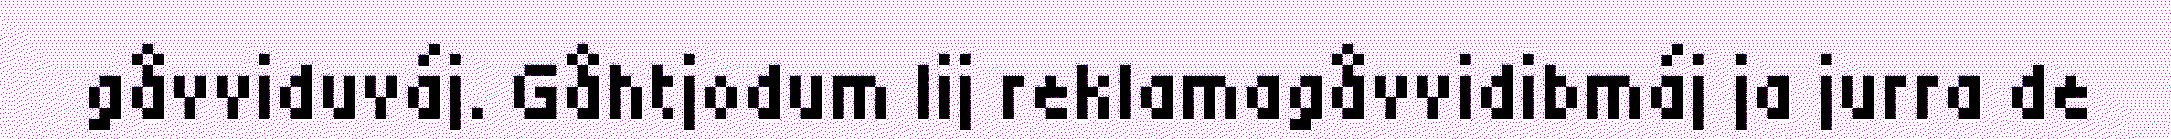
gåvviduváj. Gåhtjodum lij reklamagåvvidibmáj ja jurra de